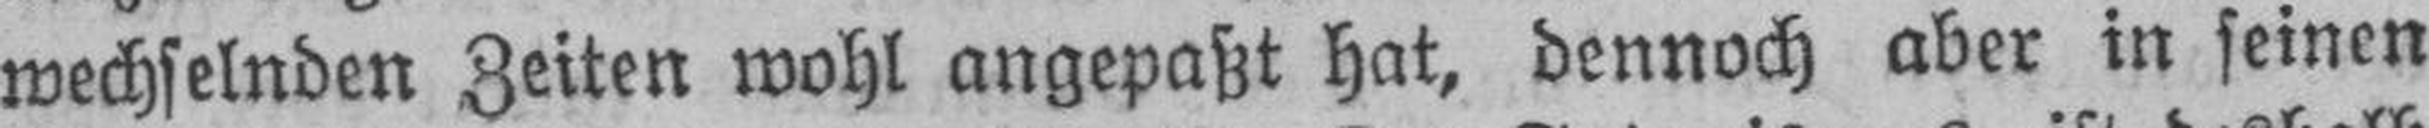
wechselnden Zeiten wohl angepaßt hat, dennoch aber in seinen